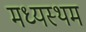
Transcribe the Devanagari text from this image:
मध्‍यस्‍थम